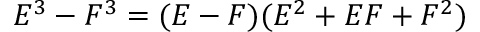
E ^ { 3 } - F ^ { 3 } = ( E - F ) ( E ^ { 2 } + E F + F ^ { 2 } )